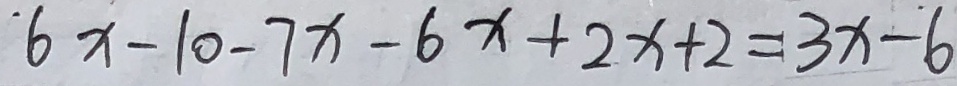
6 x - 1 0 - 7 x - 6 x + 2 x + 2 = 3 x - 6